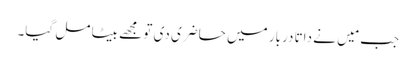
جب مَیں نے داتا دربار میں حاضری دی تو مجھے بیٹا مل گیا۔